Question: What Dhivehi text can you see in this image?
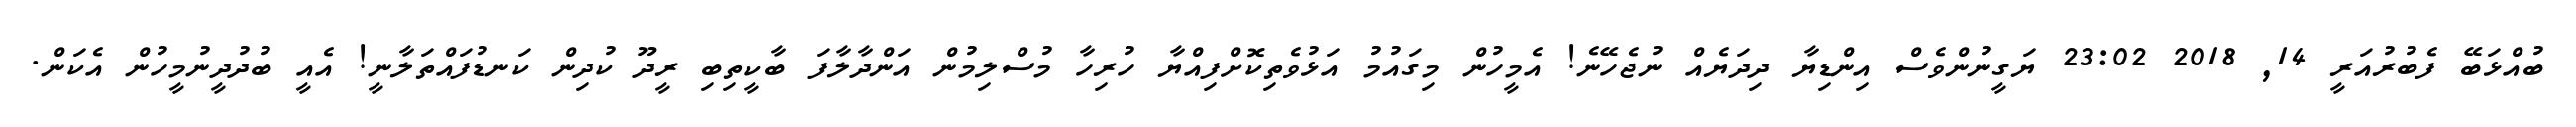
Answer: ބުއްޅަބޭ ފެބުރުއަރީ 14, 2018 23:02 ޔަގީނުންވެސް އިންޑިޔާ ދިދަޔެއް ނުޖެހޭނެ! އެމީހުން މިގައުމު އަޅުވެތިކޮށްފިއްޔާ ހުރިހާ މުސްލިމުން އަންދާލާފަ ބާކީތިބި ރީދޫ ކުދިން ކަނޑުފައްތަލާނީ! އެއީ ބުދުދީނުމީހުން އެކަން.